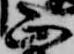
正